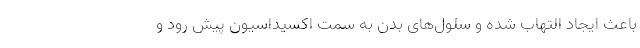
باعث ایجاد التهاب شده و سلول‌های بدن به سمت اکسیداسیون پیش رود و